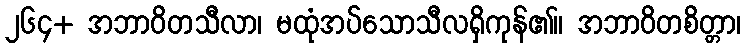
၂၆၄+ အဘာဝိတသီလာ၊ မထုံအပ်သောသီလရှိကုန်၏။ အဘာဝိတစိတ္တာ၊